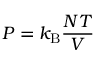
P = k _ { \mathrm { { B } } } { \frac { N T } { V } }